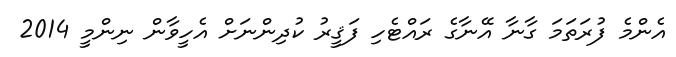
އެންމެ ފުރަތަމަ ގާނާ އޭނާގެ ރައްޓެހި ފަޤީރު ކުދިންނަށް އެހީވާން ނިންމީ 2014